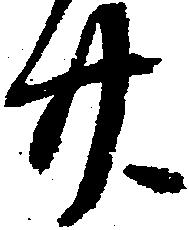
廿